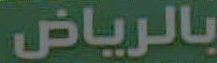
بالرياض